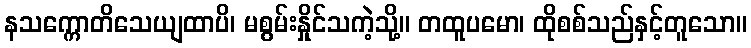
နသက္ကောတိသေယျထာပိ၊ မစွမ်းနှိုင်သကဲ့သို့။ တထူပမော၊ ထိုစစ်သည်နှင့်တူသော။